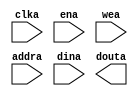
module blk_mem_gen_v4_2(
	clka,
	ena,
	wea,
	addra,
	dina,
	douta);


input clka;
input ena;
input [0 : 0] wea;
input [4 : 0] addra;
input [127 : 0] dina;
output [127 : 0] douta;

// synthesis translate_off

      BLK_MEM_GEN_V4_2 #(
		.C_ADDRA_WIDTH(5),
		.C_ADDRB_WIDTH(5),
		.C_ALGORITHM(1),
		.C_BYTE_SIZE(9),
		.C_COMMON_CLK(0),
		.C_DEFAULT_DATA("0"),
		.C_DISABLE_WARN_BHV_COLL(0),
		.C_DISABLE_WARN_BHV_RANGE(0),
		.C_FAMILY("spartan3"),
		.C_HAS_ENA(1),
		.C_HAS_ENB(0),
		.C_HAS_INJECTERR(0),
		.C_HAS_MEM_OUTPUT_REGS_A(0),
		.C_HAS_MEM_OUTPUT_REGS_B(0),
		.C_HAS_MUX_OUTPUT_REGS_A(0),
		.C_HAS_MUX_OUTPUT_REGS_B(0),
		.C_HAS_REGCEA(0),
		.C_HAS_REGCEB(0),
		.C_HAS_RSTA(0),
		.C_HAS_RSTB(0),
		.C_HAS_SOFTECC_INPUT_REGS_A(0),
		.C_HAS_SOFTECC_OUTPUT_REGS_B(0),
		.C_INITA_VAL("0"),
		.C_INITB_VAL("0"),
		.C_INIT_FILE_NAME("no_coe_file_loaded"),
		.C_LOAD_INIT_FILE(0),
		.C_MEM_TYPE(0),
		.C_MUX_PIPELINE_STAGES(0),
		.C_PRIM_TYPE(1),
		.C_READ_DEPTH_A(32),
		.C_READ_DEPTH_B(32),
		.C_READ_WIDTH_A(128),
		.C_READ_WIDTH_B(128),
		.C_RSTRAM_A(0),
		.C_RSTRAM_B(0),
		.C_RST_PRIORITY_A("CE"),
		.C_RST_PRIORITY_B("CE"),
		.C_RST_TYPE("SYNC"),
		.C_SIM_COLLISION_CHECK("ALL"),
		.C_USE_BYTE_WEA(0),
		.C_USE_BYTE_WEB(0),
		.C_USE_DEFAULT_DATA(0),
		.C_USE_ECC(0),
		.C_USE_SOFTECC(0),
		.C_WEA_WIDTH(1),
		.C_WEB_WIDTH(1),
		.C_WRITE_DEPTH_A(32),
		.C_WRITE_DEPTH_B(32),
		.C_WRITE_MODE_A("WRITE_FIRST"),
		.C_WRITE_MODE_B("WRITE_FIRST"),
		.C_WRITE_WIDTH_A(128),
		.C_WRITE_WIDTH_B(128),
		.C_XDEVICEFAMILY("spartan3"))
	inst (
		.CLKA(clka),
		.ENA(ena),
		.WEA(wea),
		.ADDRA(addra),
		.DINA(dina),
		.DOUTA(douta),
		.RSTA(),
		.REGCEA(),
		.CLKB(),
		.RSTB(),
		.ENB(),
		.REGCEB(),
		.WEB(),
		.ADDRB(),
		.DINB(),
		.DOUTB(),
		.INJECTSBITERR(),
		.INJECTDBITERR(),
		.SBITERR(),
		.DBITERR(),
		.RDADDRECC());


// synthesis translate_on

// XST black box declaration
// box_type "black_box"
// synthesis attribute box_type of blk_mem_gen_v4_2 is "black_box"

endmodule